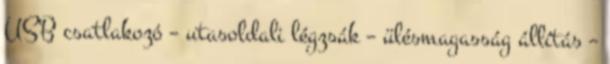
USB csatlakozó – utasoldali légzsák – ülésmagasság állítás –